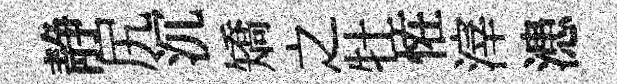
静尻沉矯之牡恠滓漶